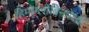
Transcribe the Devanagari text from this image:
हिमोग्लोबिनपेक्षा